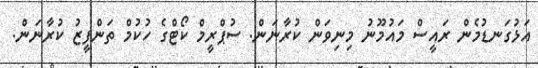
އަޅުގަނޑުމެން ރައީސް މައުމޫނު މިނިވަން ކުރާނަން. ސުޕްރީމް ކޯޓްގެ ހުކުމް ތަންފީޒު ކުރާނަން.